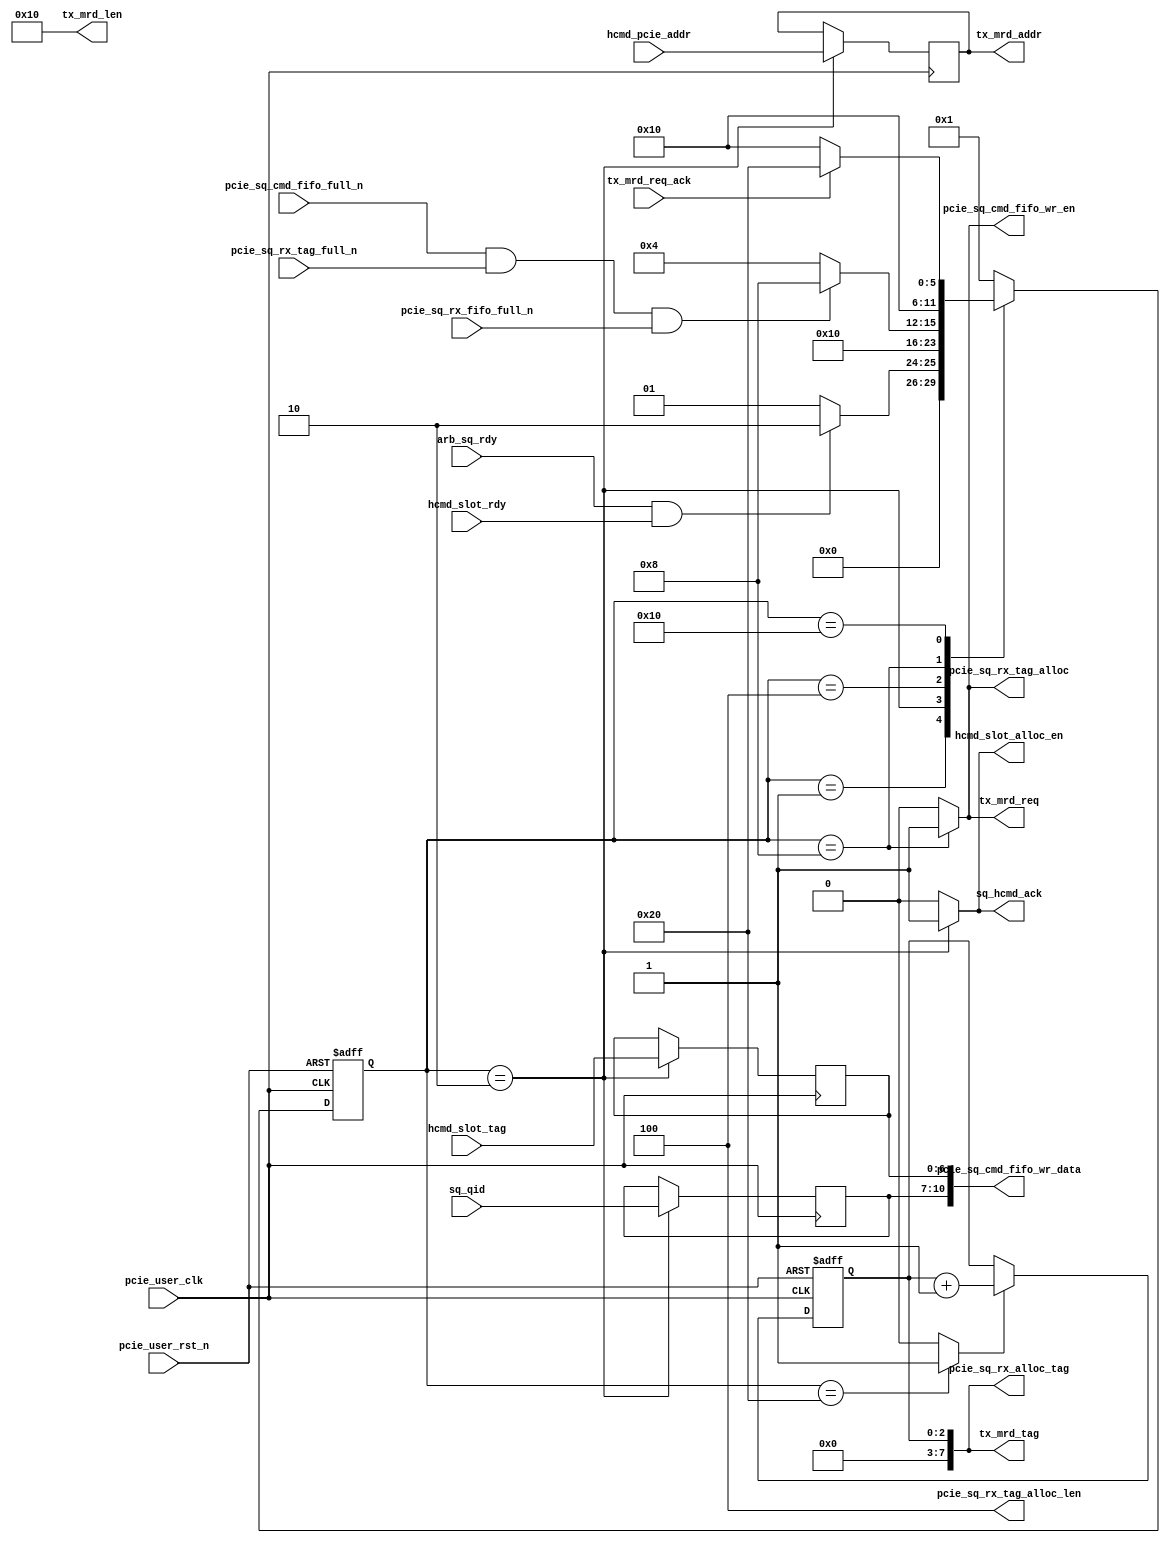

/*
----------------------------------------------------------------------------------
Copyright (c) 2013-2014

  Embedded and Network Computing Lab.
  Open SSD Project
  Hanyang University

All rights reserved.

----------------------------------------------------------------------------------

Redistribution and use in source and binary forms, with or without
modification, are permitted provided that the following conditions are
met:

  1. Redistributions of source code must retain the above copyright
     notice, this list of conditions and the following disclaimer.

  2. Redistributions in binary form must reproduce the above copyright
     notice, this list of conditions and the following disclaimer in the
     documentation and/or other materials provided with the distribution.

  3. All advertising materials mentioning features or use of this source code
     must display the following acknowledgement:
     This product includes source code developed 
     by the Embedded and Network Computing Lab. and the Open SSD Project.

THIS SOFTWARE IS PROVIDED BY THE COPYRIGHT HOLDERS AND CONTRIBUTORS "AS IS" AND
ANY EXPRESS OR IMPLIED WARRANTIES, INCLUDING, BUT NOT LIMITED TO, THE IMPLIED
WARRANTIES OF MERCHANTABILITY AND FITNESS FOR A PARTICULAR PURPOSE ARE
DISCLAIMED. IN NO EVENT SHALL THE COPYRIGHT OWNER OR CONTRIBUTORS BE LIABLE FOR
ANY DIRECT, INDIRECT, INCIDENTAL, SPECIAL, EXEMPLARY, OR CONSEQUENTIAL DAMAGES
(INCLUDING, BUT NOT LIMITED TO, PROCUREMENT OF SUBSTITUTE GOODS OR SERVICES;
LOSS OF USE, DATA, OR PROFITS; OR BUSINESS INTERRUPTION) HOWEVER CAUSED AND
ON ANY THEORY OF LIABILITY, WHETHER IN CONTRACT, STRICT LIABILITY, OR TORT
(INCLUDING NEGLIGENCE OR OTHERWISE) ARISING IN ANY WAY OUT OF THE USE OF THIS
SOFTWARE, EVEN IF ADVISED OF THE POSSIBILITY OF SUCH DAMAGE.

----------------------------------------------------------------------------------

http://enclab.hanyang.ac.kr/
http://www.openssd-project.org/
http://www.hanyang.ac.kr/

----------------------------------------------------------------------------------
*/


`timescale 1ns / 1ps


module pcie_hcmd_sq_req # (
	parameter	C_PCIE_DATA_WIDTH			= 128,
	parameter	C_PCIE_ADDR_WIDTH			= 36
)
(
	input									pcie_user_clk,
	input									pcie_user_rst_n,
	
	input									arb_sq_rdy,
	input	[3:0]							sq_qid,
	input	[C_PCIE_ADDR_WIDTH-1:2]			hcmd_pcie_addr,
	output									sq_hcmd_ack,

	input									hcmd_slot_rdy,
	input	[6:0]							hcmd_slot_tag,
	output									hcmd_slot_alloc_en,

	output									pcie_sq_cmd_fifo_wr_en,
	output	[10:0]							pcie_sq_cmd_fifo_wr_data,
	input									pcie_sq_cmd_fifo_full_n,

	output									pcie_sq_rx_tag_alloc,
	output	[7:0]							pcie_sq_rx_alloc_tag,
	output	[6:4]							pcie_sq_rx_tag_alloc_len,
	input									pcie_sq_rx_tag_full_n,
	input									pcie_sq_rx_fifo_full_n,

	output									tx_mrd_req,
	output	[7:0]							tx_mrd_tag,
	output	[11:2]							tx_mrd_len,
	output	[C_PCIE_ADDR_WIDTH-1:2]			tx_mrd_addr,
	input									tx_mrd_req_ack
);

localparam	LP_HCMD_PCIE_TAG_PREFIX			= 5'b00000;
localparam	LP_HCMD_PCIE_SIZE				= 10'h10;


localparam	S_IDLE							= 6'b000001;
localparam	S_CMD_INFO						= 6'b000010;
localparam	S_CHECK_FIFO					= 6'b000100;
localparam	S_PCIE_MRD_REQ					= 6'b001000;
localparam	S_PCIE_MRD_ACK					= 6'b010000;
localparam	S_PCIE_MRD_DONE					= 6'b100000;


reg		[5:0]								cur_state;
reg		[5:0]								next_state;

reg											r_sq_hcmd_ack;
reg											r_hcmd_slot_alloc_en;

reg											r_tx_mrd_req;
reg		[2:0]								r_hcmd_pcie_tag;
reg		[C_PCIE_ADDR_WIDTH-1:2]				r_hcmd_pcie_addr;
reg											r_hcmd_pcie_tag_update;

reg		[3:0]								r_sq_qid;
reg		[6:0]								r_hcmd_slot_tag;

reg											r_pcie_sq_cmd_fifo_wr_en;
reg											r_pcie_sq_rx_tag_alloc;

assign sq_hcmd_ack = r_sq_hcmd_ack;
assign hcmd_slot_alloc_en = r_hcmd_slot_alloc_en;

assign pcie_sq_cmd_fifo_wr_en = r_pcie_sq_cmd_fifo_wr_en;
assign pcie_sq_cmd_fifo_wr_data = {r_sq_qid, r_hcmd_slot_tag};

assign pcie_sq_rx_tag_alloc = r_pcie_sq_rx_tag_alloc;
assign pcie_sq_rx_alloc_tag = {LP_HCMD_PCIE_TAG_PREFIX, r_hcmd_pcie_tag};
assign pcie_sq_rx_tag_alloc_len = 3'b100;

assign tx_mrd_req = r_tx_mrd_req;
assign tx_mrd_tag = {LP_HCMD_PCIE_TAG_PREFIX, r_hcmd_pcie_tag};
assign tx_mrd_len = LP_HCMD_PCIE_SIZE;
assign tx_mrd_addr = r_hcmd_pcie_addr;

always @ (posedge pcie_user_clk or negedge pcie_user_rst_n)
begin
	if(pcie_user_rst_n == 0)
		cur_state <= S_IDLE;
	else
		cur_state <= next_state;
end

always @ (*)
begin
	case(cur_state)
		S_IDLE: begin
			if(arb_sq_rdy == 1 && hcmd_slot_rdy == 1)
				next_state <= S_CMD_INFO;
			else
				next_state <= S_IDLE;
		end
		S_CMD_INFO: begin
			next_state <= S_CHECK_FIFO;
		end
		S_CHECK_FIFO: begin
			if(pcie_sq_cmd_fifo_full_n == 1 && pcie_sq_rx_tag_full_n == 1 && pcie_sq_rx_fifo_full_n == 1)
				next_state <= S_PCIE_MRD_REQ;
			else
				next_state <= S_CHECK_FIFO;
		end
		S_PCIE_MRD_REQ: begin
			next_state <= S_PCIE_MRD_ACK;
		end
		S_PCIE_MRD_ACK: begin
			if(tx_mrd_req_ack == 1)
				next_state <= S_PCIE_MRD_DONE;
			else
				next_state <= S_PCIE_MRD_ACK;
		end
		S_PCIE_MRD_DONE: begin
			next_state <= S_IDLE;
		end
		default: begin
			next_state <= S_IDLE;
		end
	endcase
end

always @ (posedge pcie_user_clk or negedge pcie_user_rst_n)
begin
	if(pcie_user_rst_n == 0) begin
		r_hcmd_pcie_tag <= 0;
	end
	else begin
		if(r_hcmd_pcie_tag_update == 1)
			r_hcmd_pcie_tag <= r_hcmd_pcie_tag + 1;
	end
end

always @ (posedge pcie_user_clk)
begin
	case(cur_state)
		S_IDLE: begin

		end
		S_CMD_INFO: begin
			r_sq_qid <= sq_qid;
			r_hcmd_pcie_addr <= hcmd_pcie_addr;
			r_hcmd_slot_tag <= hcmd_slot_tag;
		end
		S_CHECK_FIFO: begin

		end
		S_PCIE_MRD_REQ: begin

		end
		S_PCIE_MRD_ACK: begin

		end
		S_PCIE_MRD_DONE: begin

		end
		default: begin

		end
	endcase
end


always @ (*)
begin
	case(cur_state)
		S_IDLE: begin
			r_sq_hcmd_ack <= 0;
			r_hcmd_slot_alloc_en <= 0;
			r_pcie_sq_cmd_fifo_wr_en <= 0;
			r_pcie_sq_rx_tag_alloc <= 0;
			r_tx_mrd_req <= 0;
			r_hcmd_pcie_tag_update <= 0;
		end
		S_CMD_INFO: begin
			r_sq_hcmd_ack <= 1;
			r_hcmd_slot_alloc_en <= 1;
			r_pcie_sq_cmd_fifo_wr_en <= 0;
			r_pcie_sq_rx_tag_alloc <= 0;
			r_tx_mrd_req <= 0;
			r_hcmd_pcie_tag_update <= 0;
		end
		S_CHECK_FIFO: begin
			r_sq_hcmd_ack <= 0;
			r_hcmd_slot_alloc_en <= 0;
			r_pcie_sq_cmd_fifo_wr_en <= 0;
			r_pcie_sq_rx_tag_alloc <= 0;
			r_tx_mrd_req <= 0;
			r_hcmd_pcie_tag_update <= 0;
		end
		S_PCIE_MRD_REQ: begin
			r_sq_hcmd_ack <= 0;
			r_hcmd_slot_alloc_en <= 0;
			r_pcie_sq_cmd_fifo_wr_en <= 1;
			r_pcie_sq_rx_tag_alloc <= 1;
			r_tx_mrd_req <= 1;
			r_hcmd_pcie_tag_update <= 0;
		end
		S_PCIE_MRD_ACK: begin
			r_sq_hcmd_ack <= 0;
			r_hcmd_slot_alloc_en <= 0;
			r_pcie_sq_cmd_fifo_wr_en <= 0;
			r_pcie_sq_rx_tag_alloc <= 0;
			r_tx_mrd_req <= 0;
			r_hcmd_pcie_tag_update <= 0;
		end
		S_PCIE_MRD_DONE: begin
			r_sq_hcmd_ack <= 0;
			r_hcmd_slot_alloc_en <= 0;
			r_pcie_sq_cmd_fifo_wr_en <= 0;
			r_pcie_sq_rx_tag_alloc <= 0;
			r_tx_mrd_req <= 0;
			r_hcmd_pcie_tag_update <= 1;
		end
		default: begin
			r_sq_hcmd_ack <= 0;
			r_hcmd_slot_alloc_en <= 0;
			r_pcie_sq_cmd_fifo_wr_en <= 0;
			r_pcie_sq_rx_tag_alloc <= 0;
			r_tx_mrd_req <= 0;
			r_hcmd_pcie_tag_update <= 0;
		end
	endcase
end

endmodule